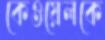
কেওয়েলকে